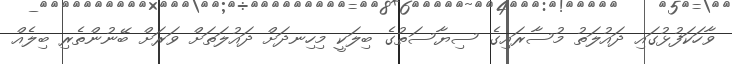
ވާހަކަފުޅުގައި ދައުލަތު މުސާރައިގެ ސިޔާސަތުގެ ބިލަކީ މިހިނދަށް ދައުލަތަށް ވަރަށް ބޭނުންތެރި ބިލެއް